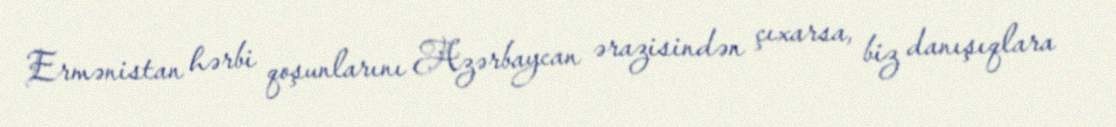
Ermənistan hərbi qoşunlarını Azərbaycan ərazisindən çıxarsa, biz danışıqlara